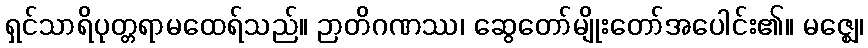
ရှင်သာရိပုတ္တရာမထေရ်သည်။ ဉာတိဂဏဿ၊ ဆွေတော်မျိုးတော်အပေါင်း၏။ မဇ္ဈေ၊